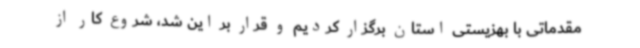
مقدماتی با بهزیستی استان برگزار کردیم و قرار بر این شد، شروع کار از